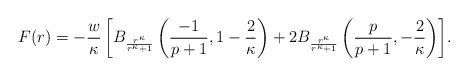
\begin{align*}F(r)=- \frac{w}{\kappa} \left[ B_\frac{r^\kappa}{r^\kappa+1}\left(\frac{-1}{p+1}, 1-\frac{2}{\kappa}\right) + 2B_\frac{r^\kappa}{r^\kappa+1} \left( \frac{p}{p+1}, -\frac{2}{\kappa}\right)\right]\!.\end{align*}